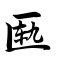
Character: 匦